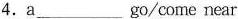
4.a ___ go/come near